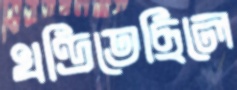
খণ্ডিতেছিলে